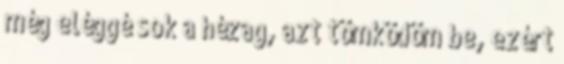
még eléggé sok a hézag, azt tömködöm be, ezért